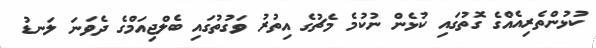
ކުޅުންތެރިއެއްގެ ގޮތުގައި ކުޅެން ނުކުމެ މެޗުގެ އިތުރު ވަގުތުގައި ބެލްޖިއަމްގެ ދެވަނަ ލަނޑު